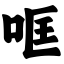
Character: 哐